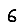
Digit: 6